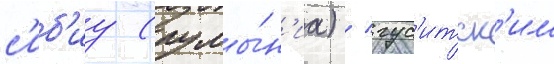
с'иб'иу (румы́н'иа) / гус'итск'им